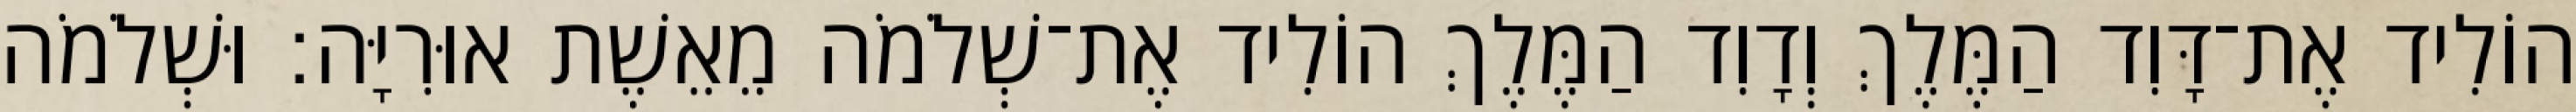
הוֹלִיד אֶת־דָּוִד הַמֶּלֶךְ וְדָוִד הַמֶּלֶךְ הוֹלִיד אֶת־שְׁלֹמֹה מֵאֵשֶׁת אוּרִיָּה׃ וּשְׁלֹמֹה